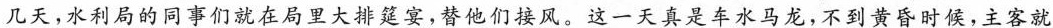
几天，水利局的同事们就在局里大排筵宴，替他们接风。这一天真是车水马龙，不到黄昏时候，主客就